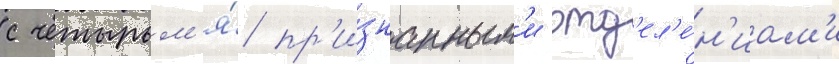
с четырьм'я́ пр'и́знанным'и отд'ел'е́н'иам'и